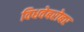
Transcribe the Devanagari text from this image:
विधवेबरोबर